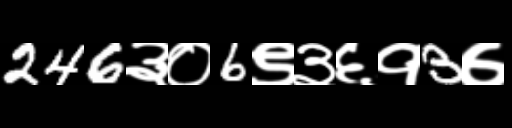
Text: 246३०6९३६१3७